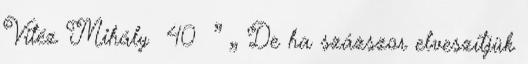
Vitéz Mihály 40 ” „ De ha százszor elveszítjük